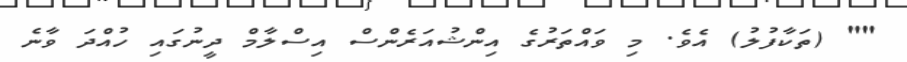
"" (ތަކާފުލު) އެވެ. މި ވައްތަރުގެ އިންޝުއަރެންސް އިސްލާމް ދީނުގައި ހުއްދަ ވާނެ